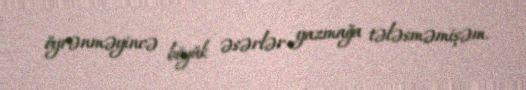
öyrənməyincə böyük əsərlər yazmağa tələsməmişəm.